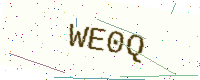
Text: WE0Q